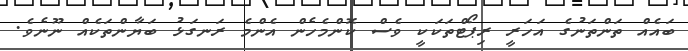
ބައެއް ތަންތަނުގެ އަހަރީ ރިޕޯޓްތަކަކީ ވެސް ކޮންމެހެން އެންމެ ރަނގަޅު ބަޔާންތަކެއް ނޫނެވެ.